Sanitation, dispensaries and jails vaccination Rajputana 1922-1927 - 1922-1927
Year: 1922
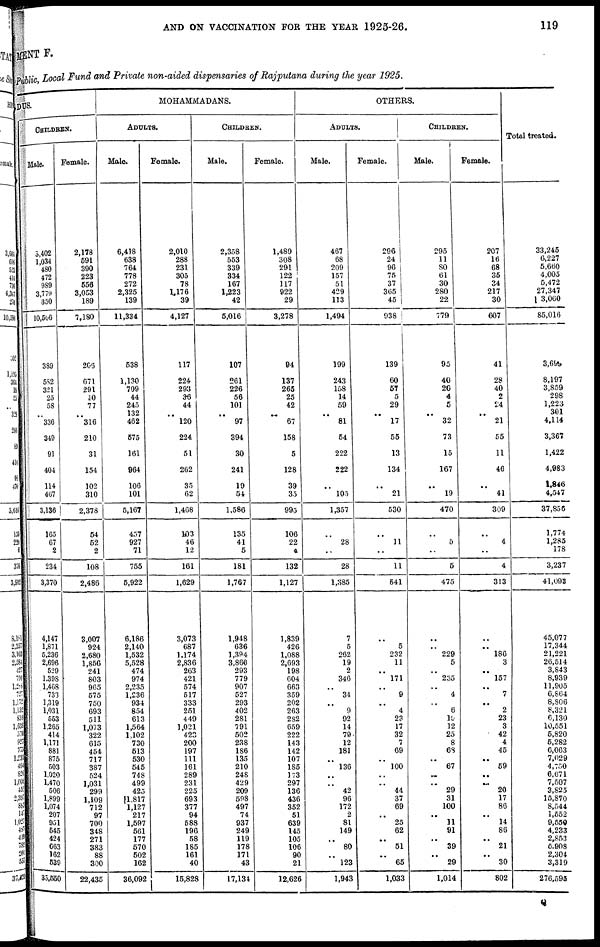
AND ON VACCINATION FOR THE YEAR 1925-26.
119
MENT F.
Public, Local Fund and Private non-aided dispensaries of Rajputana during the year 1925.
DUS.
CHILDREN.
Male.
3,402
1,034
480
472
989
3,779
350
10,506
389
582
321
25
58
..
336
349
91
404
114
467
3,136
165
67
2
234
3,370
4,147
1,871
5,236
2,696
529
1.39S
1,468
733
1,319
1,031
553
1,265
414
1,171
881
875
503
1,020
1,470
506
1,899
1,074
207
951
545
424
663
162
539
33,550
Female.
2,178
591
390
223
556
3,053
189
7,180
205
671
291
10
77
..
316
210
31
154
102
310
2,378
54
52
2
108
2,486
3,007
924
2,680
1,856
241
803
965
575
750
693
511
1,073
322
615
454
717
387
524
1,031
299
1,109
712
97
700
348
271
383
88
300
22,435
MOHAMMADANS.
ADULTS.
Male.
6,418
638
764
778
272
2,325
139
11,334
538
1,130
709
44
245
132
462
575
161
964
106
101
5,167
457
927
71
755
6,922
6,186
2,140
1,532
5,528
474
974
2,235
1,236
934
854
613
1,564
1,102
730
513
530
545
748
499
425
1,817
1,127
217
1,597
561
177
570
502
162
36,092
Female.
2,010
288
231
305
78
1,176
39
4,127
117
224
293
36
44
..
120
224
51
262
35
62
1,468
103
46
12
161
1,629
3,073
687
1,174
2,836
263
421
574
517
333
251
449
1,021
423
200
197
111
161
289
231
225
693
377
94
588
196
58
185
161
40
15,828
CHILDREN.
Male.
2,358
553
339
334
167
1,223
42
5,016
107
261
226
56
101
..
97
394
30
241
19
54
1,586
135
41
5
181
1,767
1,948
636
1,394
3,866
293
779
907
527
293
402
281
791
502
238
186
135
210
248
429
209
598
497
74
937
249
119
178
171
43
17,134
Female.
1,489
308
291
122
117
922
29
3,278
94
137
265
25
42
..
67
158
5
128
39
35
995
106
22
4
132
1,127
1,839
426
1,088
2,693
198
604
663
359
202
263
282
659
222
143
142
107
185
173
297
136
436
352
51
639
145
105
106
90
21
12,626
OTHERS.
ADULTS.
Male.
467
68
209
157
51
429
113
1,494
199
243
158
14
59
..
81
54
222
222
..
105
1,357
..
28
..
28
1,385
7
5
262
19
2
346
..
34
.. 9
92
14
79
12
181
..
136
..
..
42
96
172
2
81
149
.. 80
..
123
1,943
Female.
296
24
96
75
37
305
45
938
139
60
57
5
29
..
17
55
13
134
..
21
530
..
11
..
11
541
..
5
232
11
.. 171
..
9
.. 4
23
17
32
7
69
..
100
..
..
44
37
69
.. 25
62
.. 51
..
65
1,033
CHILDREN.
Male.
295
11
80
61
30
280
22
779
95
40
20
4
5
..
32
73
15
167
..
19
470
..
5
..
5
475
..
..
229
5
..
235
..
4
..
6
15
12
25
8
68
..
67
..
..
29
31
100
..
11
91
.. 39
..
29
1,014
Female.
207
16
68
35
34
217
30
607
41
28
40
2
24
..
21
55
11
46
..
41
309
..
4
..
4
313
..
..
186
3
..
157
..
7
..
2
23
3
42
4
45
..
59
..
..
20
17
86
.. 14
86
.. 21
..
30
802
Total treated.
33,245
6,227
5,660
4,005
5,472
27,347
3,060
85,016
3,699
8,197
3,859
298
1,223
301
4,114
3,367
1,422
4,983
1,846
4,547
37,856
1,774
1,285
178
3,237
41,093
45,077
17,344
21,221
26,514
3,843
8,939
11,905
6,864
8,806
8,321
6,130
10,551
5,820
5,282
6,063
7,029
4,750
6,671
7,507
3,825
15,870
8,544
1,552
9,550
4,233
2,853
5,908
2,304
3,319
276,595
Q